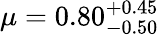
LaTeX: \mu=0.80_{-0.50}^{+0.45}